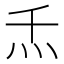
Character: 𰝻